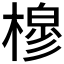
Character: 𰘟